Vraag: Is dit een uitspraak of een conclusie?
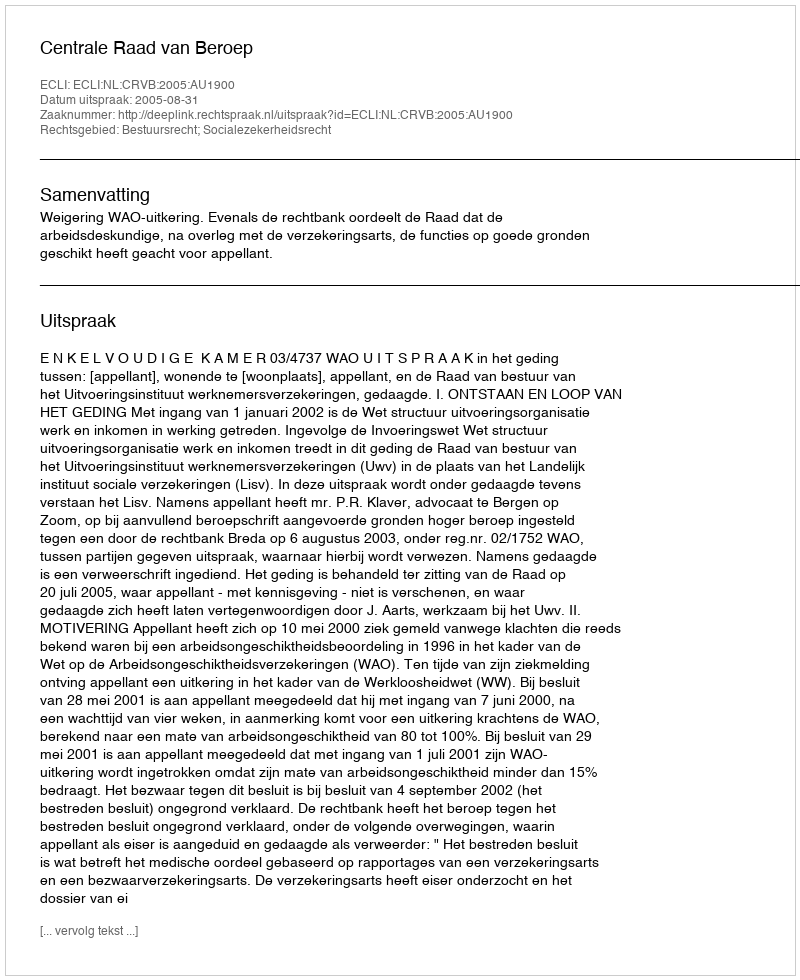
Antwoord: Uitspraak